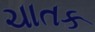
ચાતક